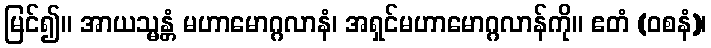
မြင်၍။ အာယသ္မန္တံ မဟာမောဂ္ဂလာနံ၊ အရှင်မဟာမောဂ္ဂလာန်ကို။ ဧတံ (ဝစနံ)၊